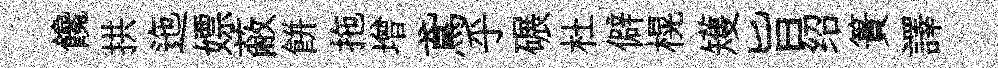
饞拱迤嫖蔽餅拖增鳶乎碾杜僻榥矱旨绍簣譯